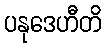
ပနုဒေဟီတိ